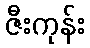
ဇီးကုန်း